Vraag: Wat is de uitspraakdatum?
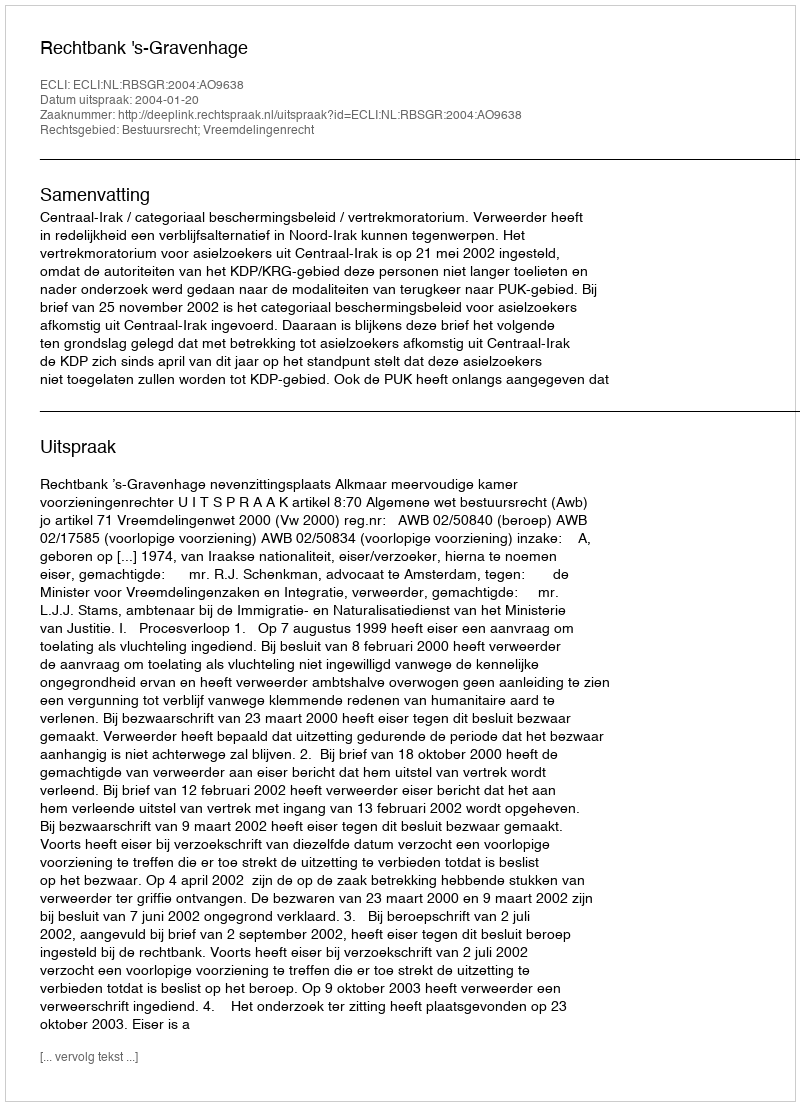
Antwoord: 2004-01-20